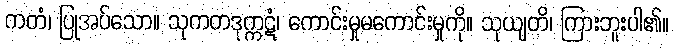
ကတံ၊ ပြုအပ်သော။ သုကတဒုက္ကဋံ၊ ကောင်းမှုမကောင်းမှုကို။ သုယျတိ၊ ကြားဘူးပါ၏။